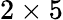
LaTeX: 2\times 5